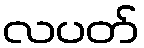
လပတ်